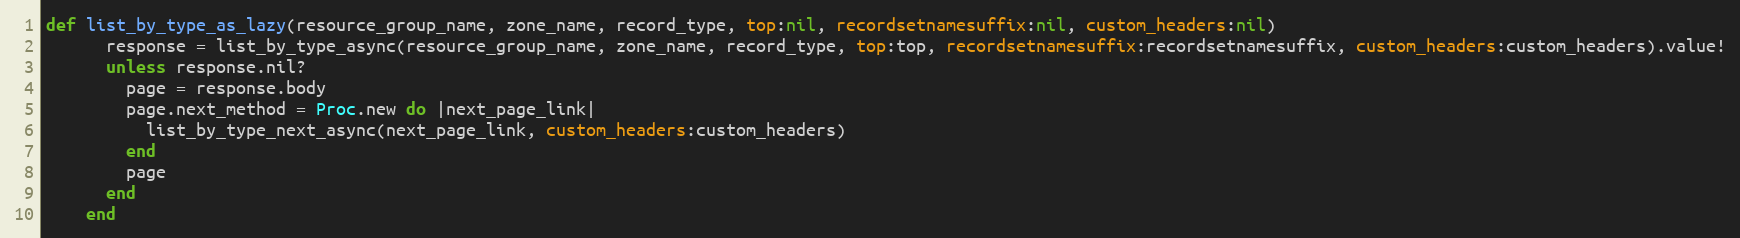
Language: Ruby
def list_by_type_as_lazy(resource_group_name, zone_name, record_type, top:nil, recordsetnamesuffix:nil, custom_headers:nil)
      response = list_by_type_async(resource_group_name, zone_name, record_type, top:top, recordsetnamesuffix:recordsetnamesuffix, custom_headers:custom_headers).value!
      unless response.nil?
        page = response.body
        page.next_method = Proc.new do |next_page_link|
          list_by_type_next_async(next_page_link, custom_headers:custom_headers)
        end
        page
      end
    end